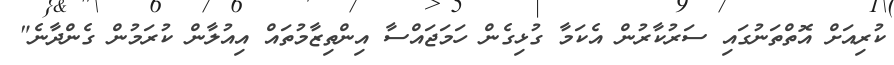
ކުރިއަށް އޮތްތަނުގައި ސަރުކާރުން އެކަމާ ގުޅިގެން ހަމަޖައްސާ އިންތިޒާމުތައް އިއުލާން ކުރަމުން ގެންދާނެ"